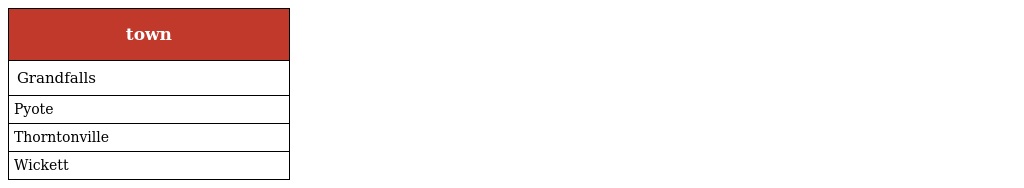
| town |
 | --- |
 | Grandfalls |
 | Pyote |
 | Thorntonville |
 | Wickett |